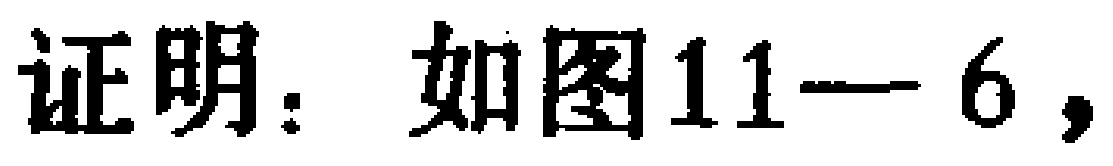
证明：如图11—6，